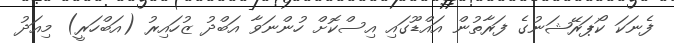
ފެނަކަ ކޯޕަރޭޝަނުގެ ފަރާތުން އައްޑޫގައި އިސްކޮށް ހުންނަވާ އަބްދު ޒުހައިރު (އަބްހަރީ) މިއަދު